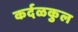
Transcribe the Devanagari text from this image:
कर्दळकुल